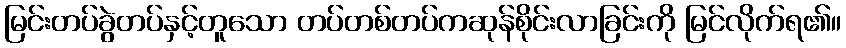
မြင်းတပ်ခွဲတပ်နှင့်တူသော တပ်တစ်တပ်ကဆုန်စိုင်းလာခြင်းကို မြင်လိုက်ရ၏။